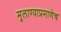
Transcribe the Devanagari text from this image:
मुलाण्याप्रमाणेच